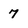
Character: 7